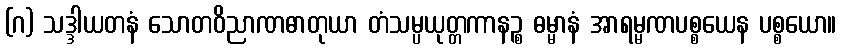
(ဂ) သဒ္ဒါယတနံ သောတဝိညာဏဓာတုယာ တံသမ္ပယုတ္တကာနဉ္စ ဓမ္မာနံ အာရမ္မဏပစ္စယေန ပစ္စယော။